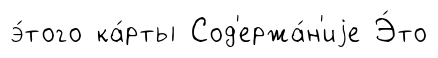
э́того ка́рты Сод'ержа́н'иjе Э́то